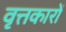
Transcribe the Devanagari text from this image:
वृत्तकारों